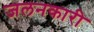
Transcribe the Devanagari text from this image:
जलनकारी